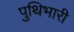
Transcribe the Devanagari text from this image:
पुथिभारी